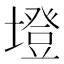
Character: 墱